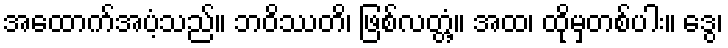
အထောက်အပံ့သည်။ ဘဝိဿတိ၊ ဖြစ်လတ္တံ့။ အထ၊ ထိုမှတစ်ပါး။ ဒွေ၊